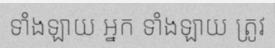
ទាំងឡាយ អ្នក ទាំងឡាយ ត្រូវ